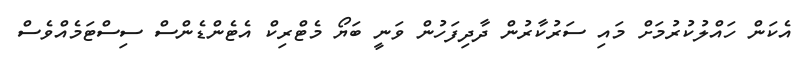
އެކަން ހައްލުކުރުމަށް މައި ސަރުކާރުން ދާދިފަހުން ވަނީ ބަޔޯ މެޓްރިކް އެޓެންޑެންސް ސިސްޓަމެއްވެސް